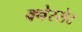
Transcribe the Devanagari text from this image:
क्नेस्सेट